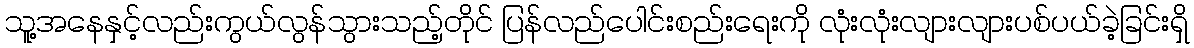
သူ့အနေနှင့်လည်းကွယ်လွန်သွားသည့်တိုင် ပြန်လည်ပေါင်းစည်းရေးကို လုံးလုံးလျားလျားပစ်ပယ်ခဲ့ခြင်းရှိ